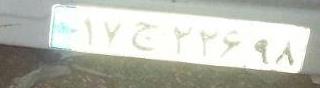
۱۷ج۲۲۶۹۸